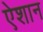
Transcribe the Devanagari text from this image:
ऐशान